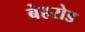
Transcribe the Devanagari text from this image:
बेहरोड